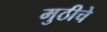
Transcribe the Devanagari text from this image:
मुठीचे